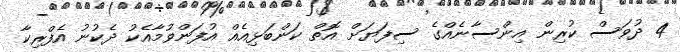
4 ދުވަަސް ކުރިން އިންސާނެއްގެ ސިފަޔަށް އޮތް ކަންބަޅިއެއް އުފަންވުމާއެކު ދެކުނު އެފްރިކާ